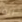
انه